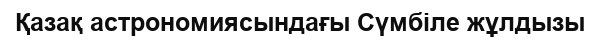
Қазақ астрономиясындағы Сүмбіле жұлдызы